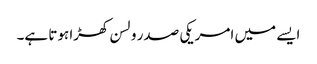
ایسے میں امریکی صدر ولسن کھڑا ہوتا ہے۔